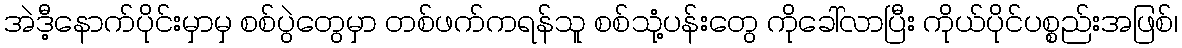
အဲဒီ့နောက်ပိုင်းမှာမှ စစ်ပွဲတွေမှာ တစ်ဖက်ကရန်သူ စစ်သုံ့ပန်းတွေ ကိုခေါ်လာပြီး ကိုယ်ပိုင်ပစ္စည်းအဖြစ်၊